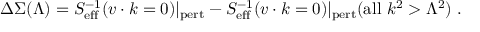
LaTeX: \Delta \Sigma ( \Lambda ) = S _ { \mathrm { e f f } } ^ { - 1 } ( v \cdot k = 0 ) | _ { \mathrm { p e r t } } - S _ { \mathrm { e f f } } ^ { - 1 } ( v \cdot k = 0 ) | _ { \mathrm { p e r t } } ( \mathrm { a l l } ~ k ^ { 2 } > \Lambda ^ { 2 } ) \ .